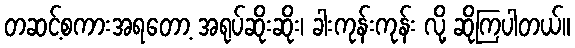
တဆင့်စကားအရတော့ အရုပ်ဆိုးဆိုး၊ ခါးကုန်းကုန်း လို့ ဆိုကြပါတယ်။